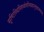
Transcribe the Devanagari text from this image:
सृष्टिस्थिस्तिध्वंसनिग्रहानुग्रहात्मकम्